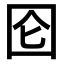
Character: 囵